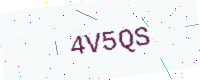
Text: 4V5QS